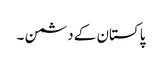
پاکستان کے دشمن ۔